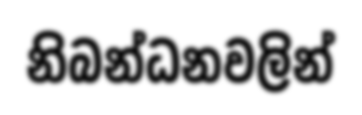
නිබන්ධනවලින්